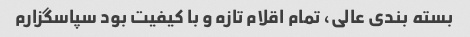
بسته بندی عالی، تمام اقلام تازه و با کیفیت بود سپاسگزارم